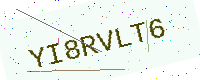
Text: YI8RVLT6